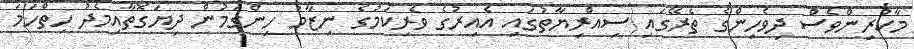
މާކުރިންވެސް ދިވެހިންގެ ތެރޭގައި ސިއްރިޔާތުގައި އެއިރުގެ ވެރިކަމުގެ ނިޒާމު ހިންގަމުން ދިޔަގޮތާއިމެދު ހިތްހަމަ